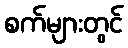
စက်များတွင်